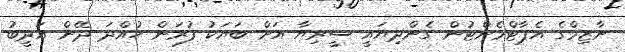
ނާޒިމްގެ އެޕާޓްމެންޓުން ގެންދިޔައީ ސީރިޔާ އަށް ބަޔަކު ފުރަން ހުއްދަ ދޭން އަދީބު